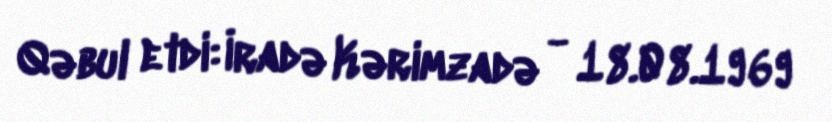
Qəbul etdi: İradə Kərimzadə - 18.08.1969